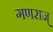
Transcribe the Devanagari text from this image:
गणराज्